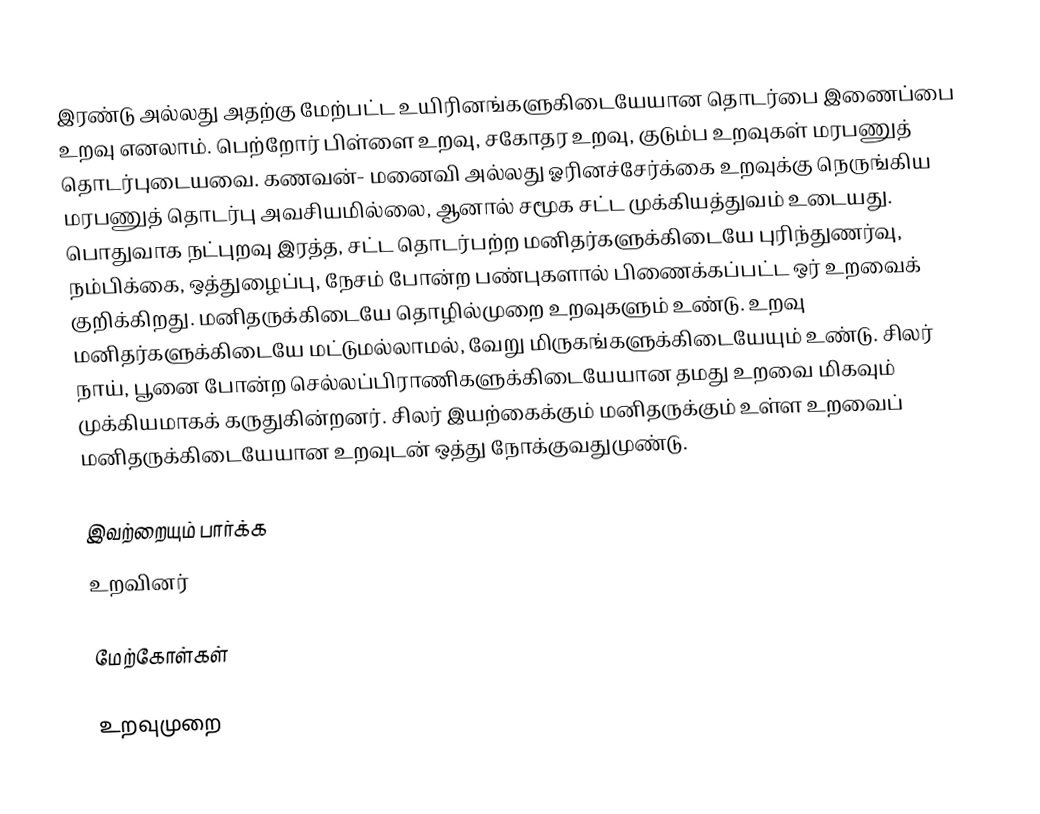
இரண்டு அல்லது அதற்கு மேற்பட்ட உயிரினங்களுகிடையேயான தொடர்பை இணைப்பை உறவு எனலாம்.  பெற்றோர் பிள்ளை உறவு, சகோதர உறவு, குடும்ப உறவுகள் மரபணுத் தொடர்புடையவை. கணவன்- மனைவி அல்லது ஓரினச்சேர்க்கை உறவுக்கு நெருங்கிய மரபணுத் தொடர்பு அவசியமில்லை, ஆனால் சமூக சட்ட முக்கியத்துவம் உடையது.  பொதுவாக நட்புறவு இரத்த, சட்ட தொடர்பற்ற மனிதர்களுக்கிடையே புரிந்துணர்வு, நம்பிக்கை, ஒத்துழைப்பு, நேசம் போன்ற பண்புகளால் பிணைக்கப்பட்ட ஒர் உறவைக் குறிக்கிறது. மனிதருக்கிடையே தொழில்முறை உறவுகளும் உண்டு.  உறவு மனிதர்களுக்கிடையே மட்டுமல்லாமல், வேறு மிருகங்களுக்கிடையேயும் உண்டு. சிலர் நாய், பூனை போன்ற செல்லப்பிராணிகளுக்கிடையேயான தமது உறவை மிகவும் முக்கியமாகக் கருதுகின்றனர். சிலர் இயற்கைக்கும் மனிதருக்கும் உள்ள உறவைப் மனிதருக்கிடையேயான உறவுடன் ஒத்து நோக்குவதுமுண்டு.

இவற்றையும் பார்க்க
 உறவினர்

மேற்கோள்கள்

உறவுமுறை